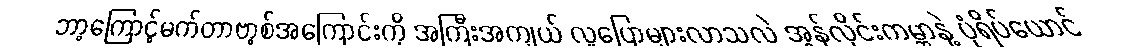
ဘာ့ကြောင့်မက်တာဗာ့စ်အကြောင်းကို အကြီးအကျယ် လူပြောများလာသလဲ အွန်လိုင်းကမ္ဘာနဲ့ ပုံရိပ်ယောင်